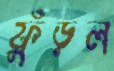
ফুঁড়ল